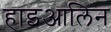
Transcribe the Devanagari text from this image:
हाइआलिन